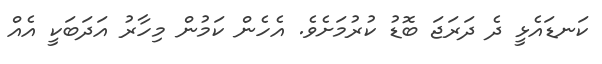
ކަނޑައެޅީ ދެ ދަރަޖަ ބޮޑު ކުރުމަށެވެ. އެހެން ކަމުން މިހާރު އަދަބަކީ އެއް